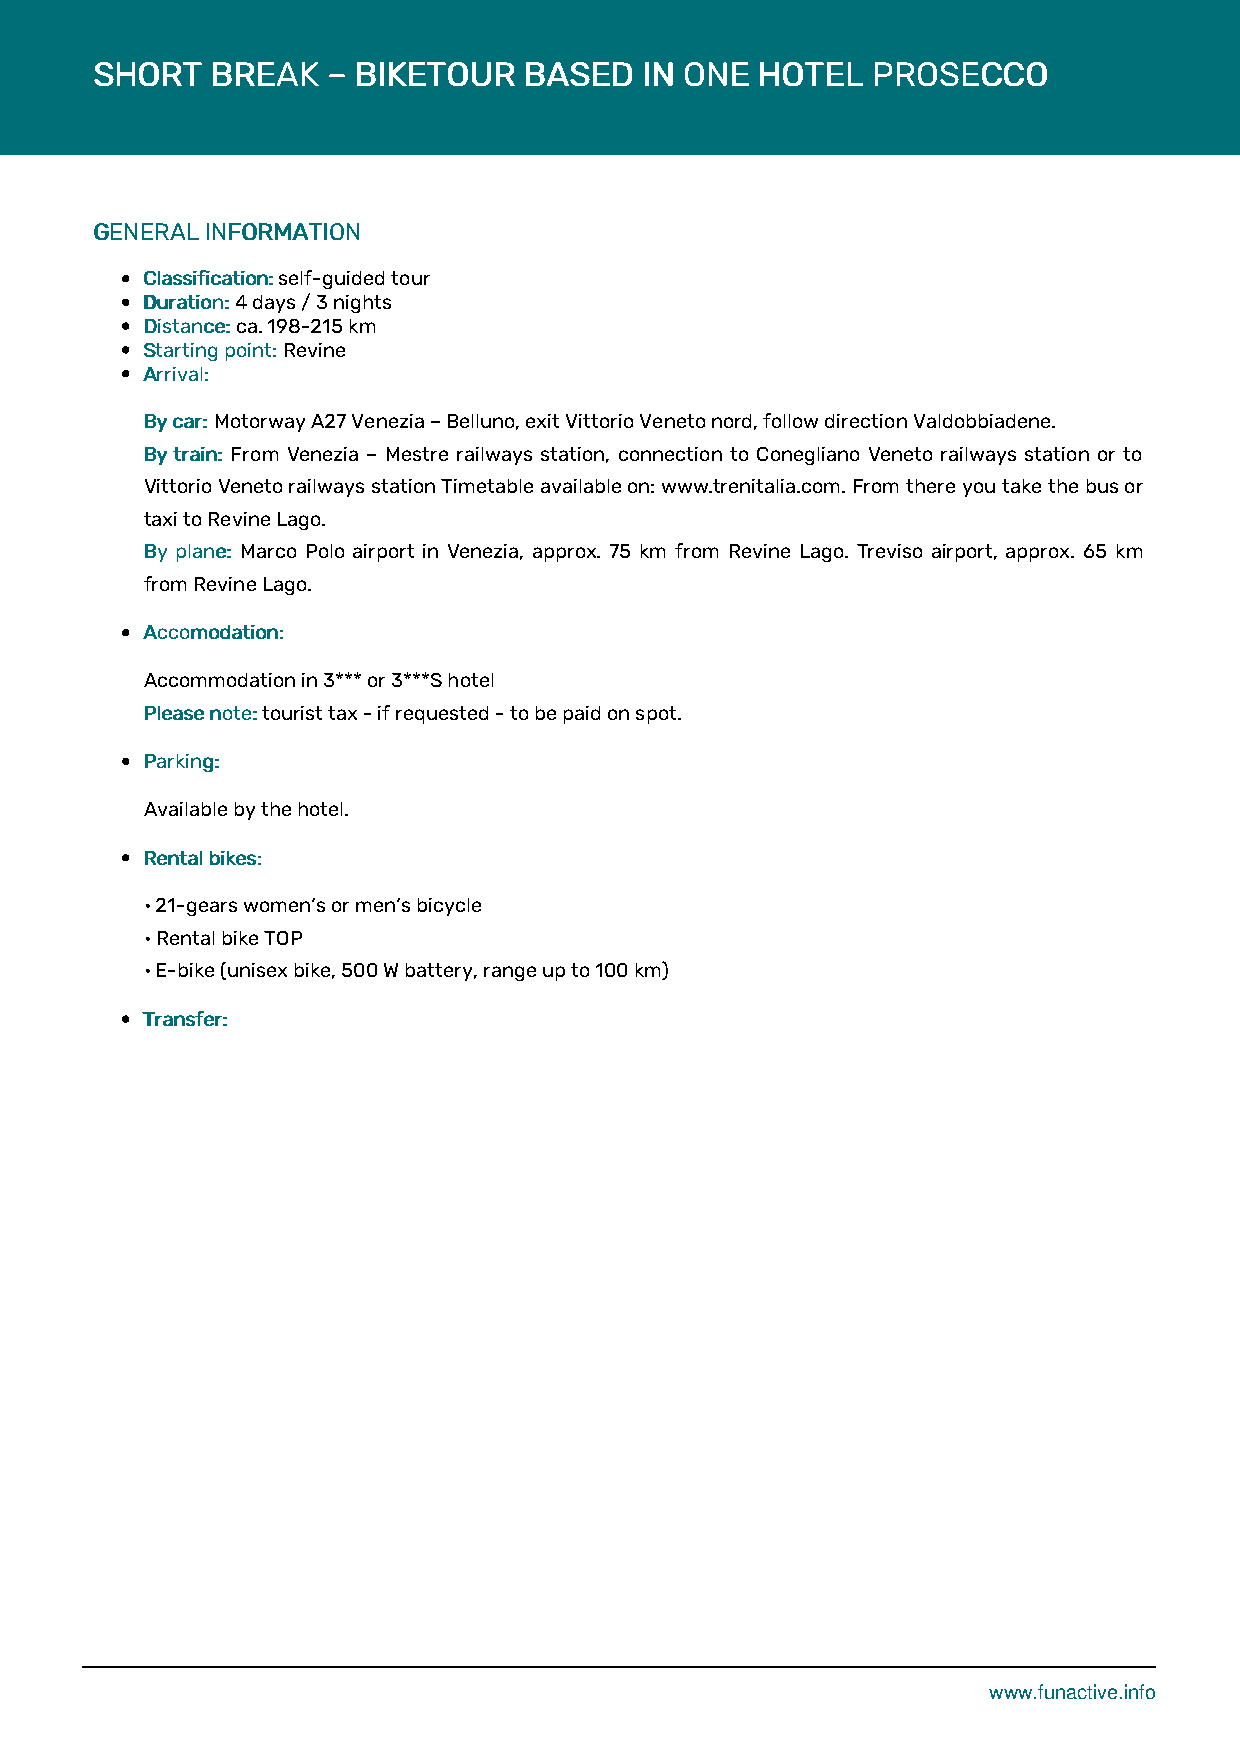
SSHHOORRTT BBRREEAAKK –– BBIIKKEETTOOUURR BBAASSEEDD IINN OONNEE HHOOTTEELL PPRROOSSEECCCCOO
 GGEENNEERRAALL IINNFFOORRMMAATTIIOONN
 CCllaassssiiffiiccaattiioonn:: self-guided tour
 DDuurraattiioonn:: 4 days / 3 nights
 DDiissttaannccee:: ca. 198-215 km
 SSttaarrttiinngg ppooiinntt:: Revine
 AArrrriivvaall::
 BByy ccaarr:: Motorway A27 Venezia – Belluno, exit Vittorio Veneto nord, follow direction Valdobbiadene.
 BByy ttrraaiinn:: From Venezia – Mestre railways station, connection to Conegliano Veneto railways station or to
 Vittorio Veneto railways station Timetable available on: www.trenitalia.com. From there you take the bus or
 taxi to Revine Lago.
 BByy ppllaannee:: Marco Polo airport in Venezia, approx. 75 km from Revine Lago. Treviso airport, approx. 65 km
 from Revine Lago.
 AAccccoommooddaattiioonn::
 Accommodation in 3*** or 3***S hotel
 PPlleeaassee nnoottee:: tourist tax - if requested - to be paid on spot.
 PPaarrkkiinngg::
 Available by the hotel.
 RReennttaall bbiikkeess::
 • 21-gears women‘s or men‘s bicycle
 • Rental bike TOP
 • E-bike (unisex bike, 500 W battery, range up to 100 km)
 TTrraannssffeerr::
 www.funactive.info